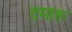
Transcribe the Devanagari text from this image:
दमारू